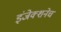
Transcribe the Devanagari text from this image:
इंजेक्शनेच